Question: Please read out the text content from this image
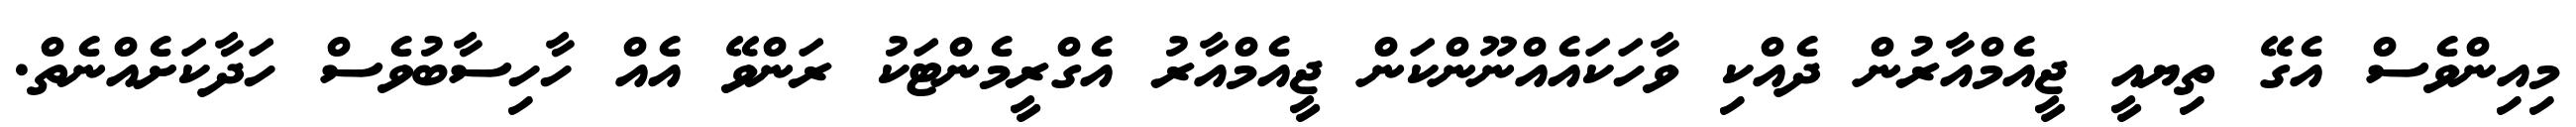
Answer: މިއިންވެސް އެގޭ ތިޔއީ ޖީއެމްއާރުން ދެއްކި ވާހަކައެއްނޫންކަން ޖީއެމްއާރު އެގްރީމެންޓަކު ރަންވޭ އެއް ހާހިސާބުވެސް ހަދާކަށެއްނެތް.